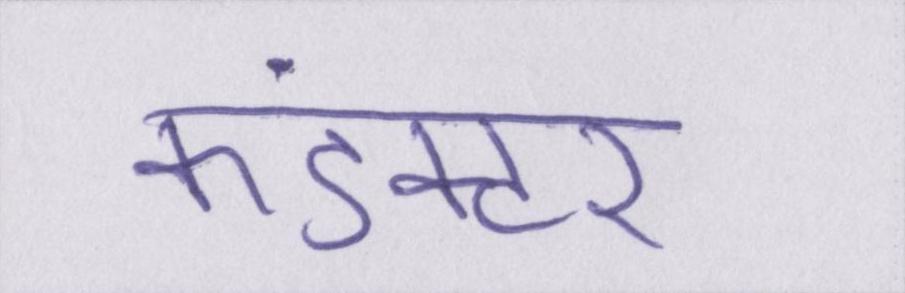
कंडक्टर